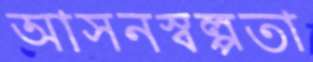
আসনস্বল্পতা